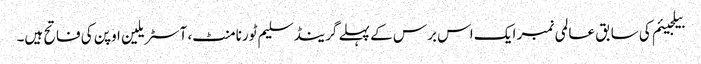
بیلجیئم کی سابق عالمی نمبر ایک اس برس کے پہلے گرینڈ سلیم ٹورنامنٹ، آسٹریلین اوپن کی فاتح ہیں۔